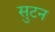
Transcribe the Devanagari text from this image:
सुटन